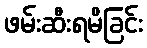
ဖမ်းဆီးရမိခြင်း